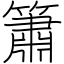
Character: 簫